65_HS1-834228961_62-HQ-83894_Section_6
Agency: FBI
Page 20
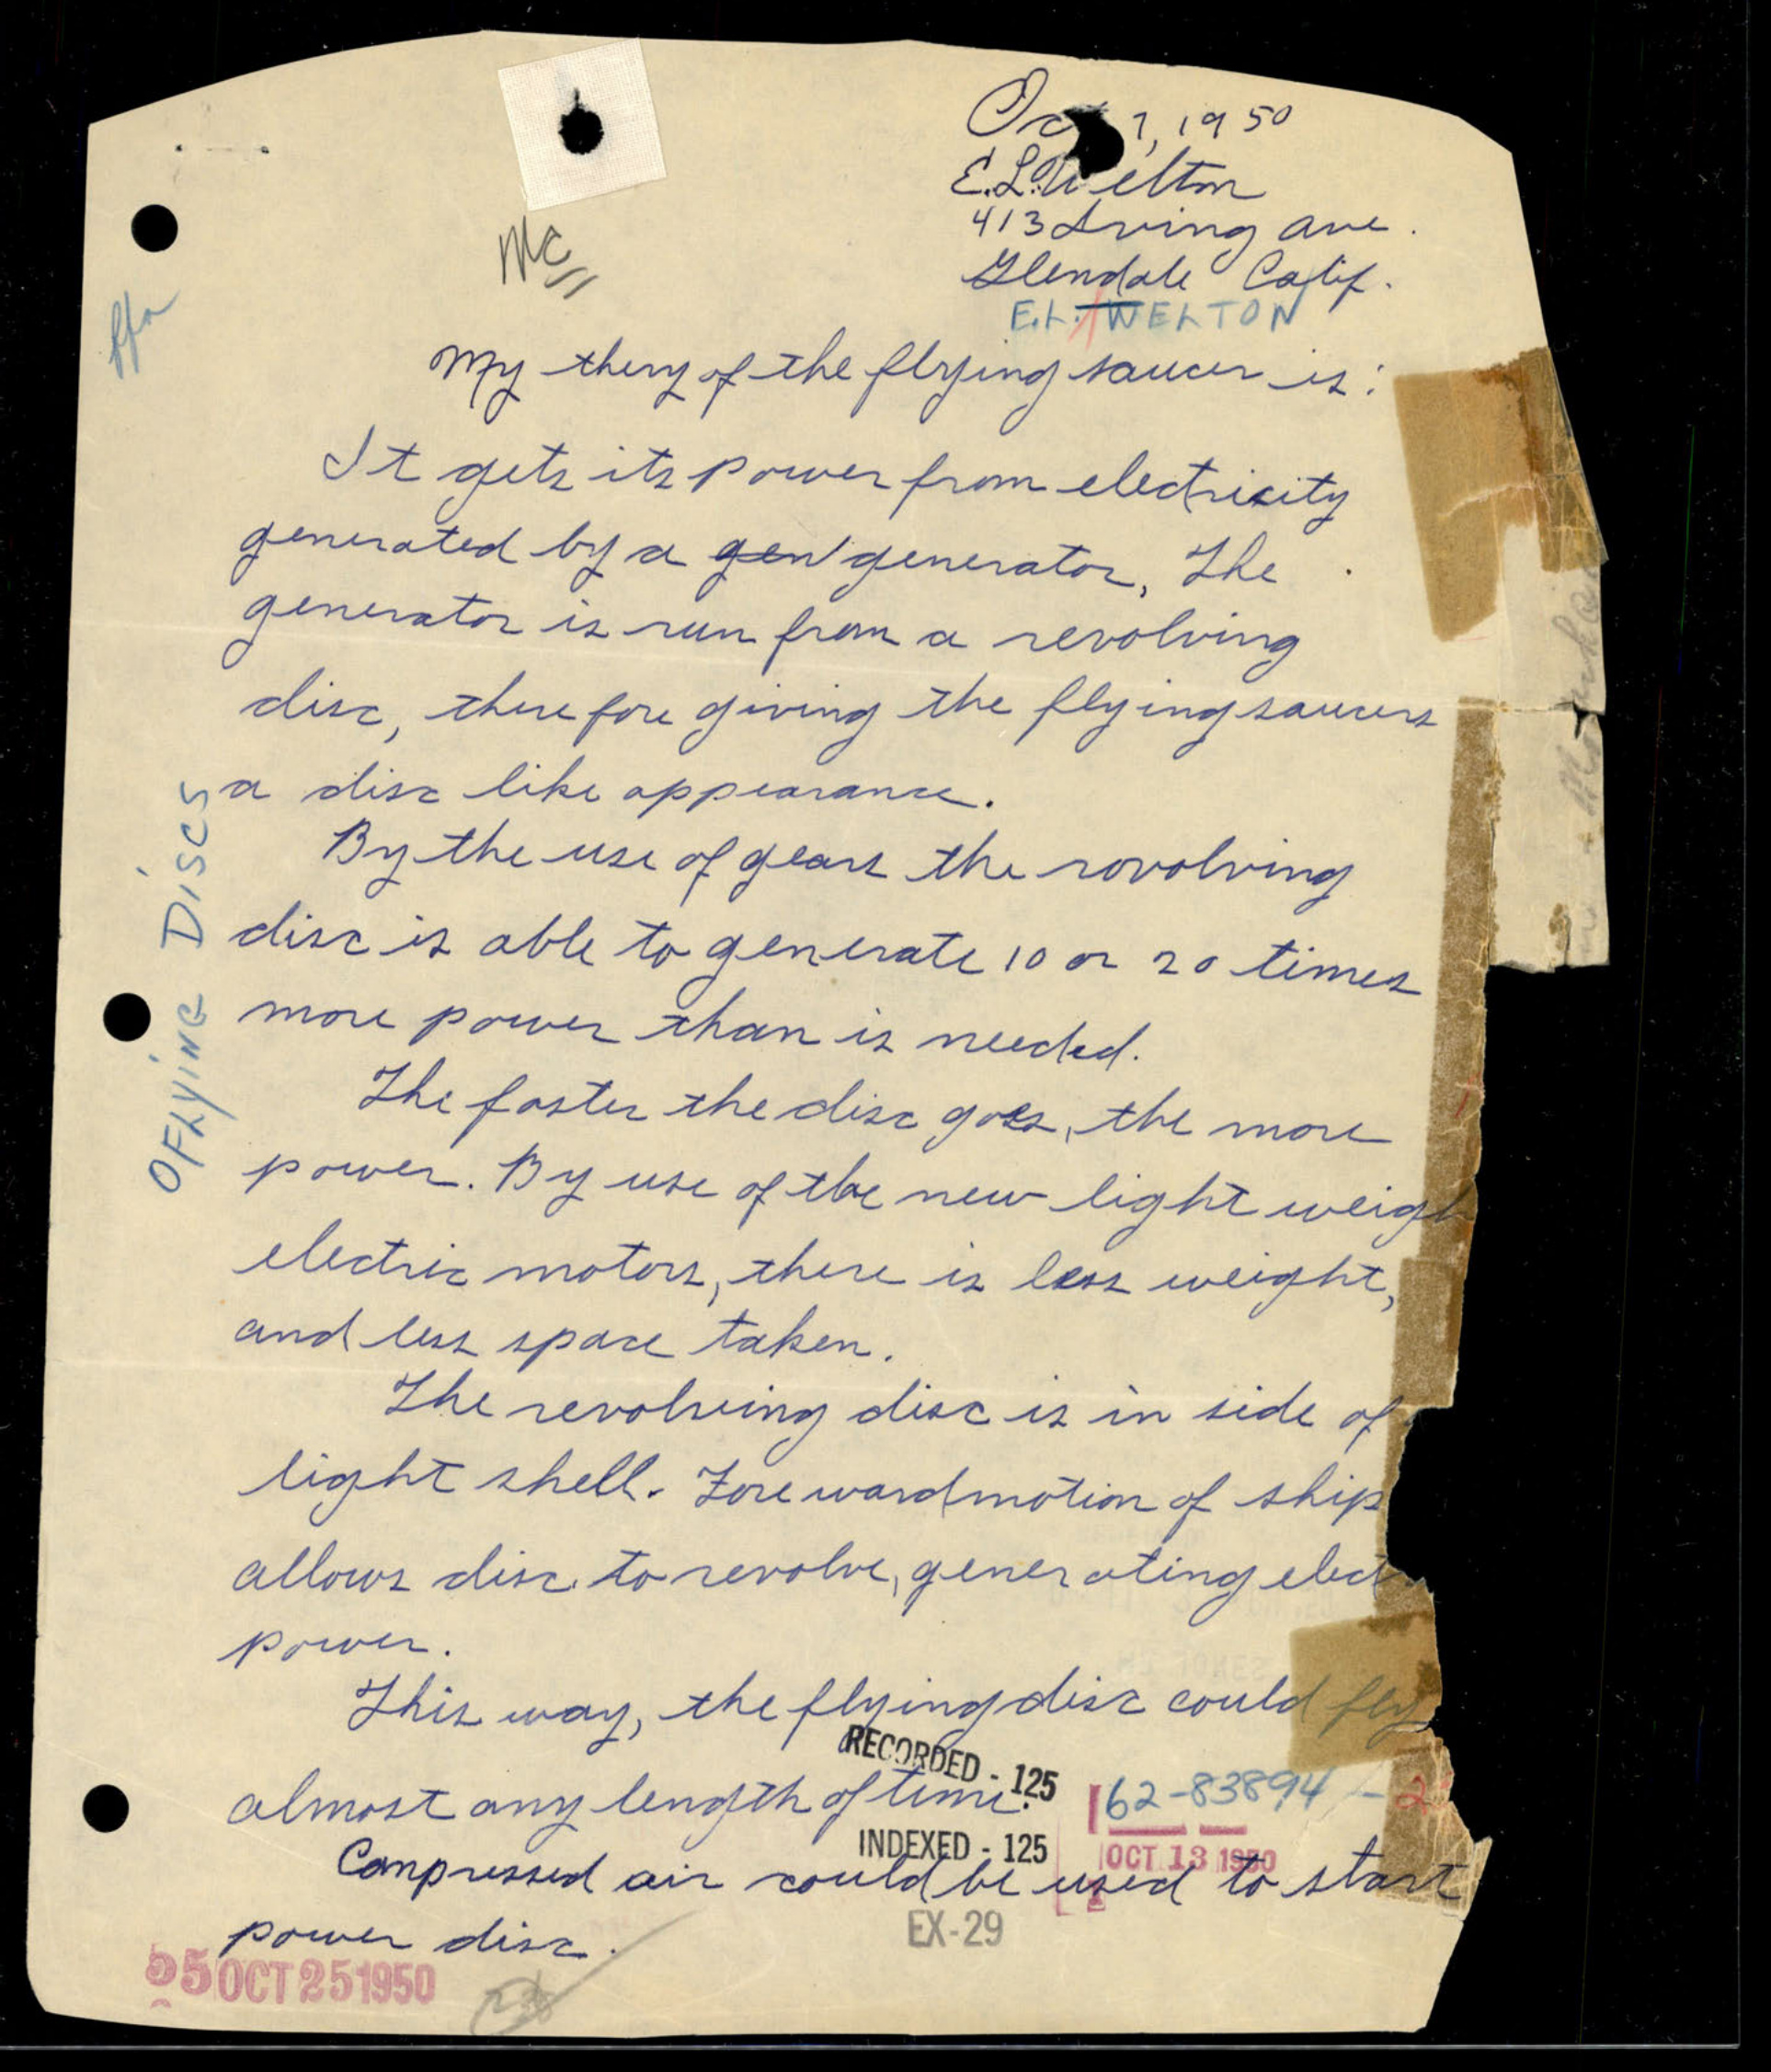